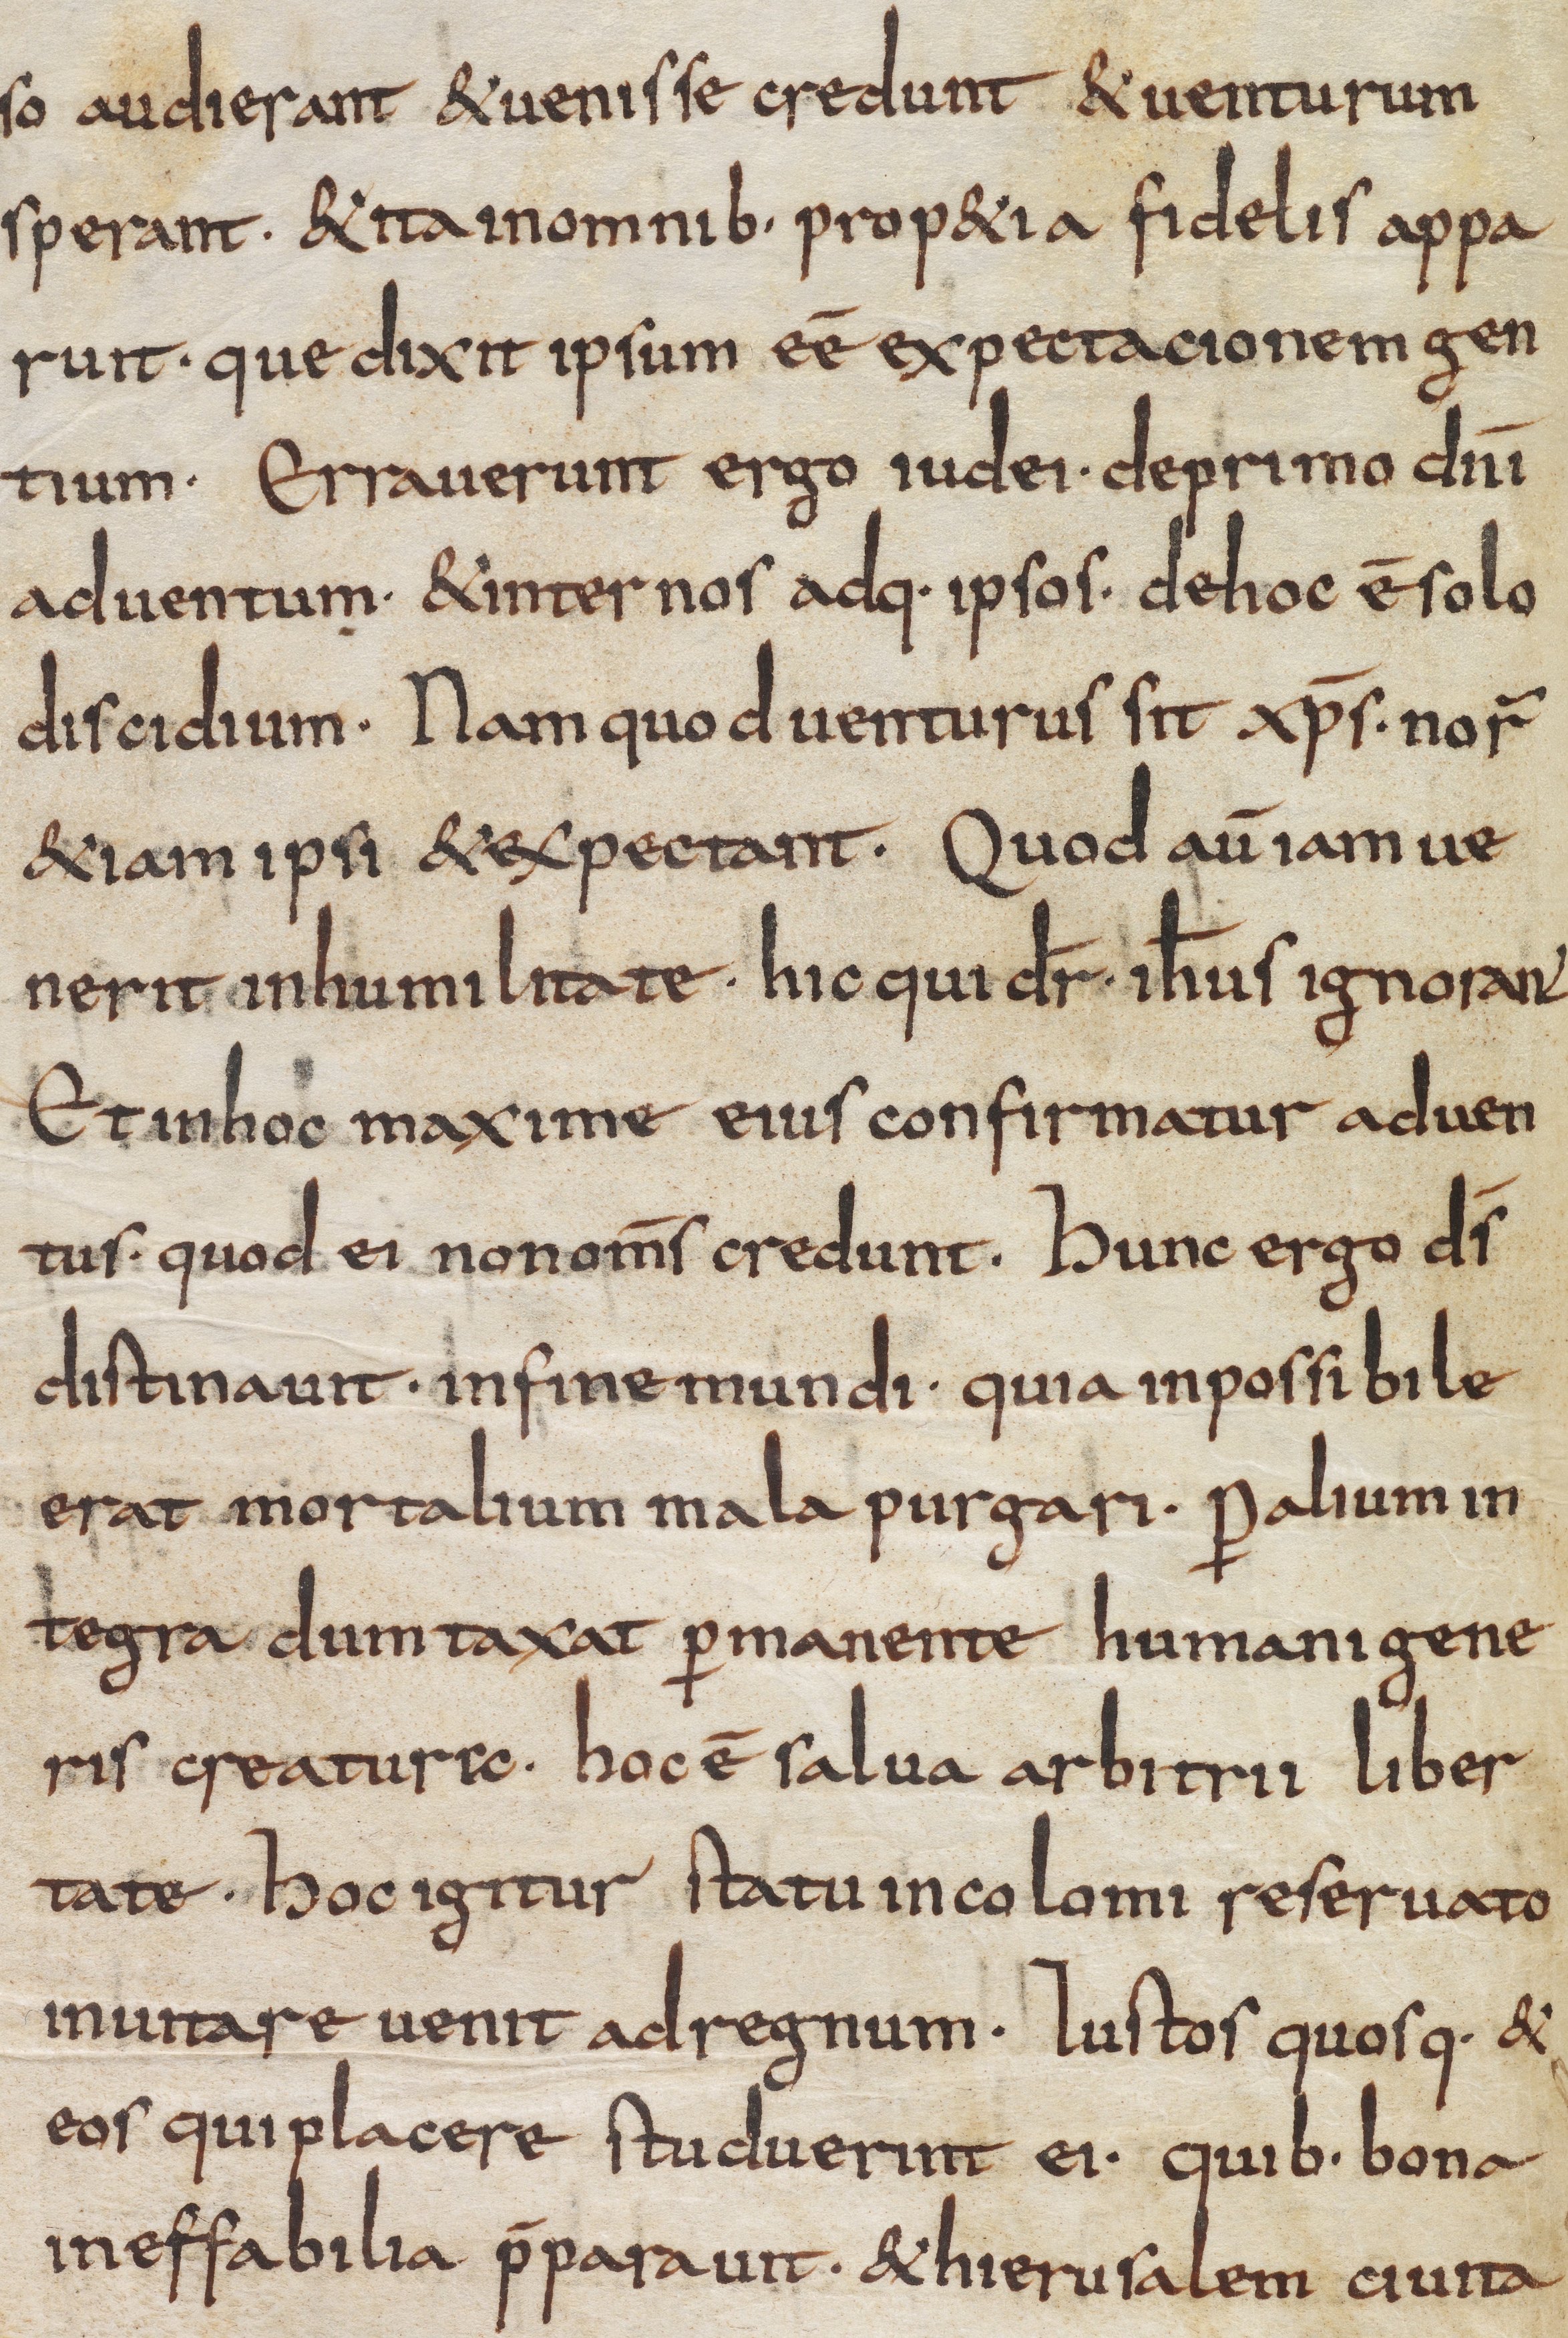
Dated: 835–865